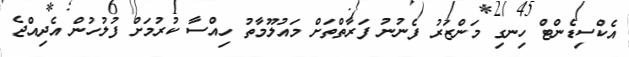
އެކްސިޑެންޓް ހިނގި މަންޒަރު ފެނުނު ފަރާތްތަށް މައުލޫމާތު ހިއްސާ ކުރުމަށް ފުލުހުން އެދިއްޖެ